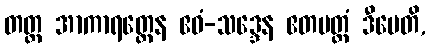
တတ္ထ အာကာရတ္ထေန ဧဝံ-သဒ္ဒေန ဧတမတ္ထံ ဒီပေတိ,